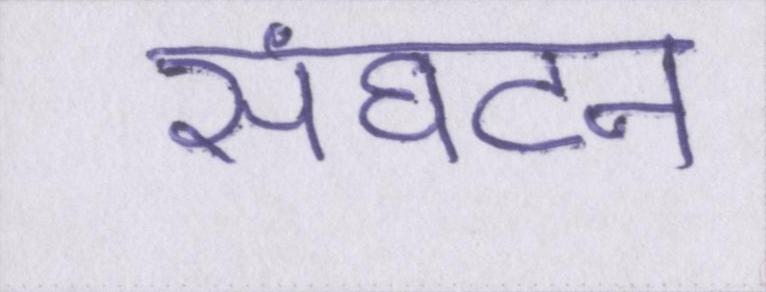
संघटन